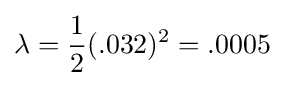
\lambda ={\frac {1}{2}}(.032)^{2}=.0005